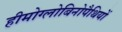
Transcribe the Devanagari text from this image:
हीमोग्लोबिनोपैथियों